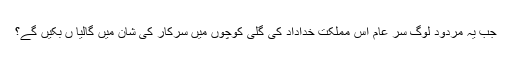
جب یہ مردود لوگ سرِ عام اس مملکتِ خداداد کی گلی کوچوں میں سرکار کی شان میں گالیا ں بکیں گے؟